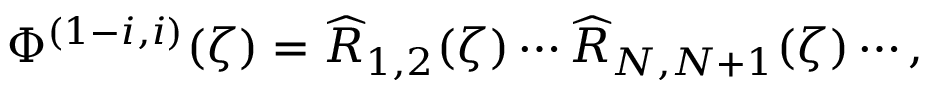
\Phi ^ { ( 1 - i , i ) } ( \zeta ) = \widehat { R } _ { 1 , 2 } ( \zeta ) \cdots \widehat { R } _ { N , N + 1 } ( \zeta ) \cdots ,